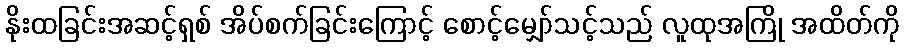
နိုးထခြင်းအဆင့်ရှစ် အိပ်စက်ခြင်းကြောင့် စောင့်မျှော်သင့်သည် လူထုအကြို အထိတ်ကို